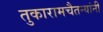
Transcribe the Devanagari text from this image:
तुकारामचैतन्यांनी